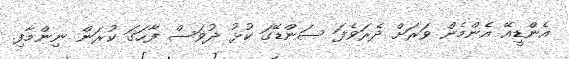
އެންޑީއޭ އެންމެން ވަރަށް ދެރަވެފަ ސަންޑޭގަ ކުޅު ދުވަސް ފާހަގަ ކުރަން ނިންމާފި.